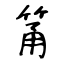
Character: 筩